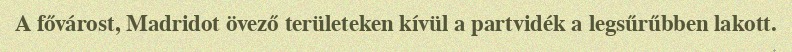
A fővárost, Madridot övező területeken kívül a partvidék a legsűrűbben lakott.